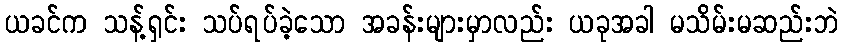
ယခင်က သန့်ရှင်း သပ်ရပ်ခဲ့သော အခန်းများမှာလည်း ယခုအခါ မသိမ်းမဆည်းဘဲ